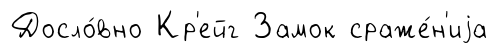
Досло́вно Кр'ейг Замок сраже́н'иjа